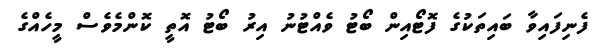
ފެނިފައިވާ ބައިތަކުގެ ފޮޓޯއިން ބޯޓު ވެއްޓުނު އިރު ބޯޓު އޮތީ ކޮންމެވެސް މީހެއްގެ